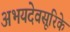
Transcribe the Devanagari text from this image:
अभयदेवसूरिके